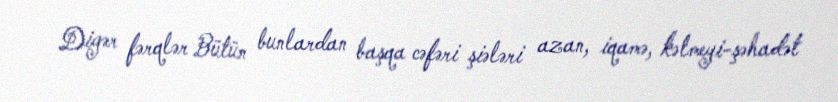
Digər fərqlər Bütün bunlardan başqa cəfəri şiələri azan, iqamə, kəlmeyi-şəhadət